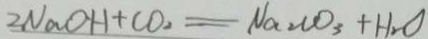
N a O H + C O _ { 2 } = N a _ { 2 } C O _ { 3 } + H _ { 2 } O